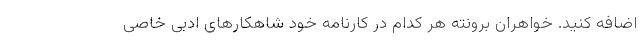
اضافه کنید. خواهران برونته هر کدام در کارنامه خود شاهکارهای ادبی خاصی